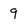
Character: 9